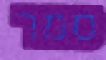
סמר